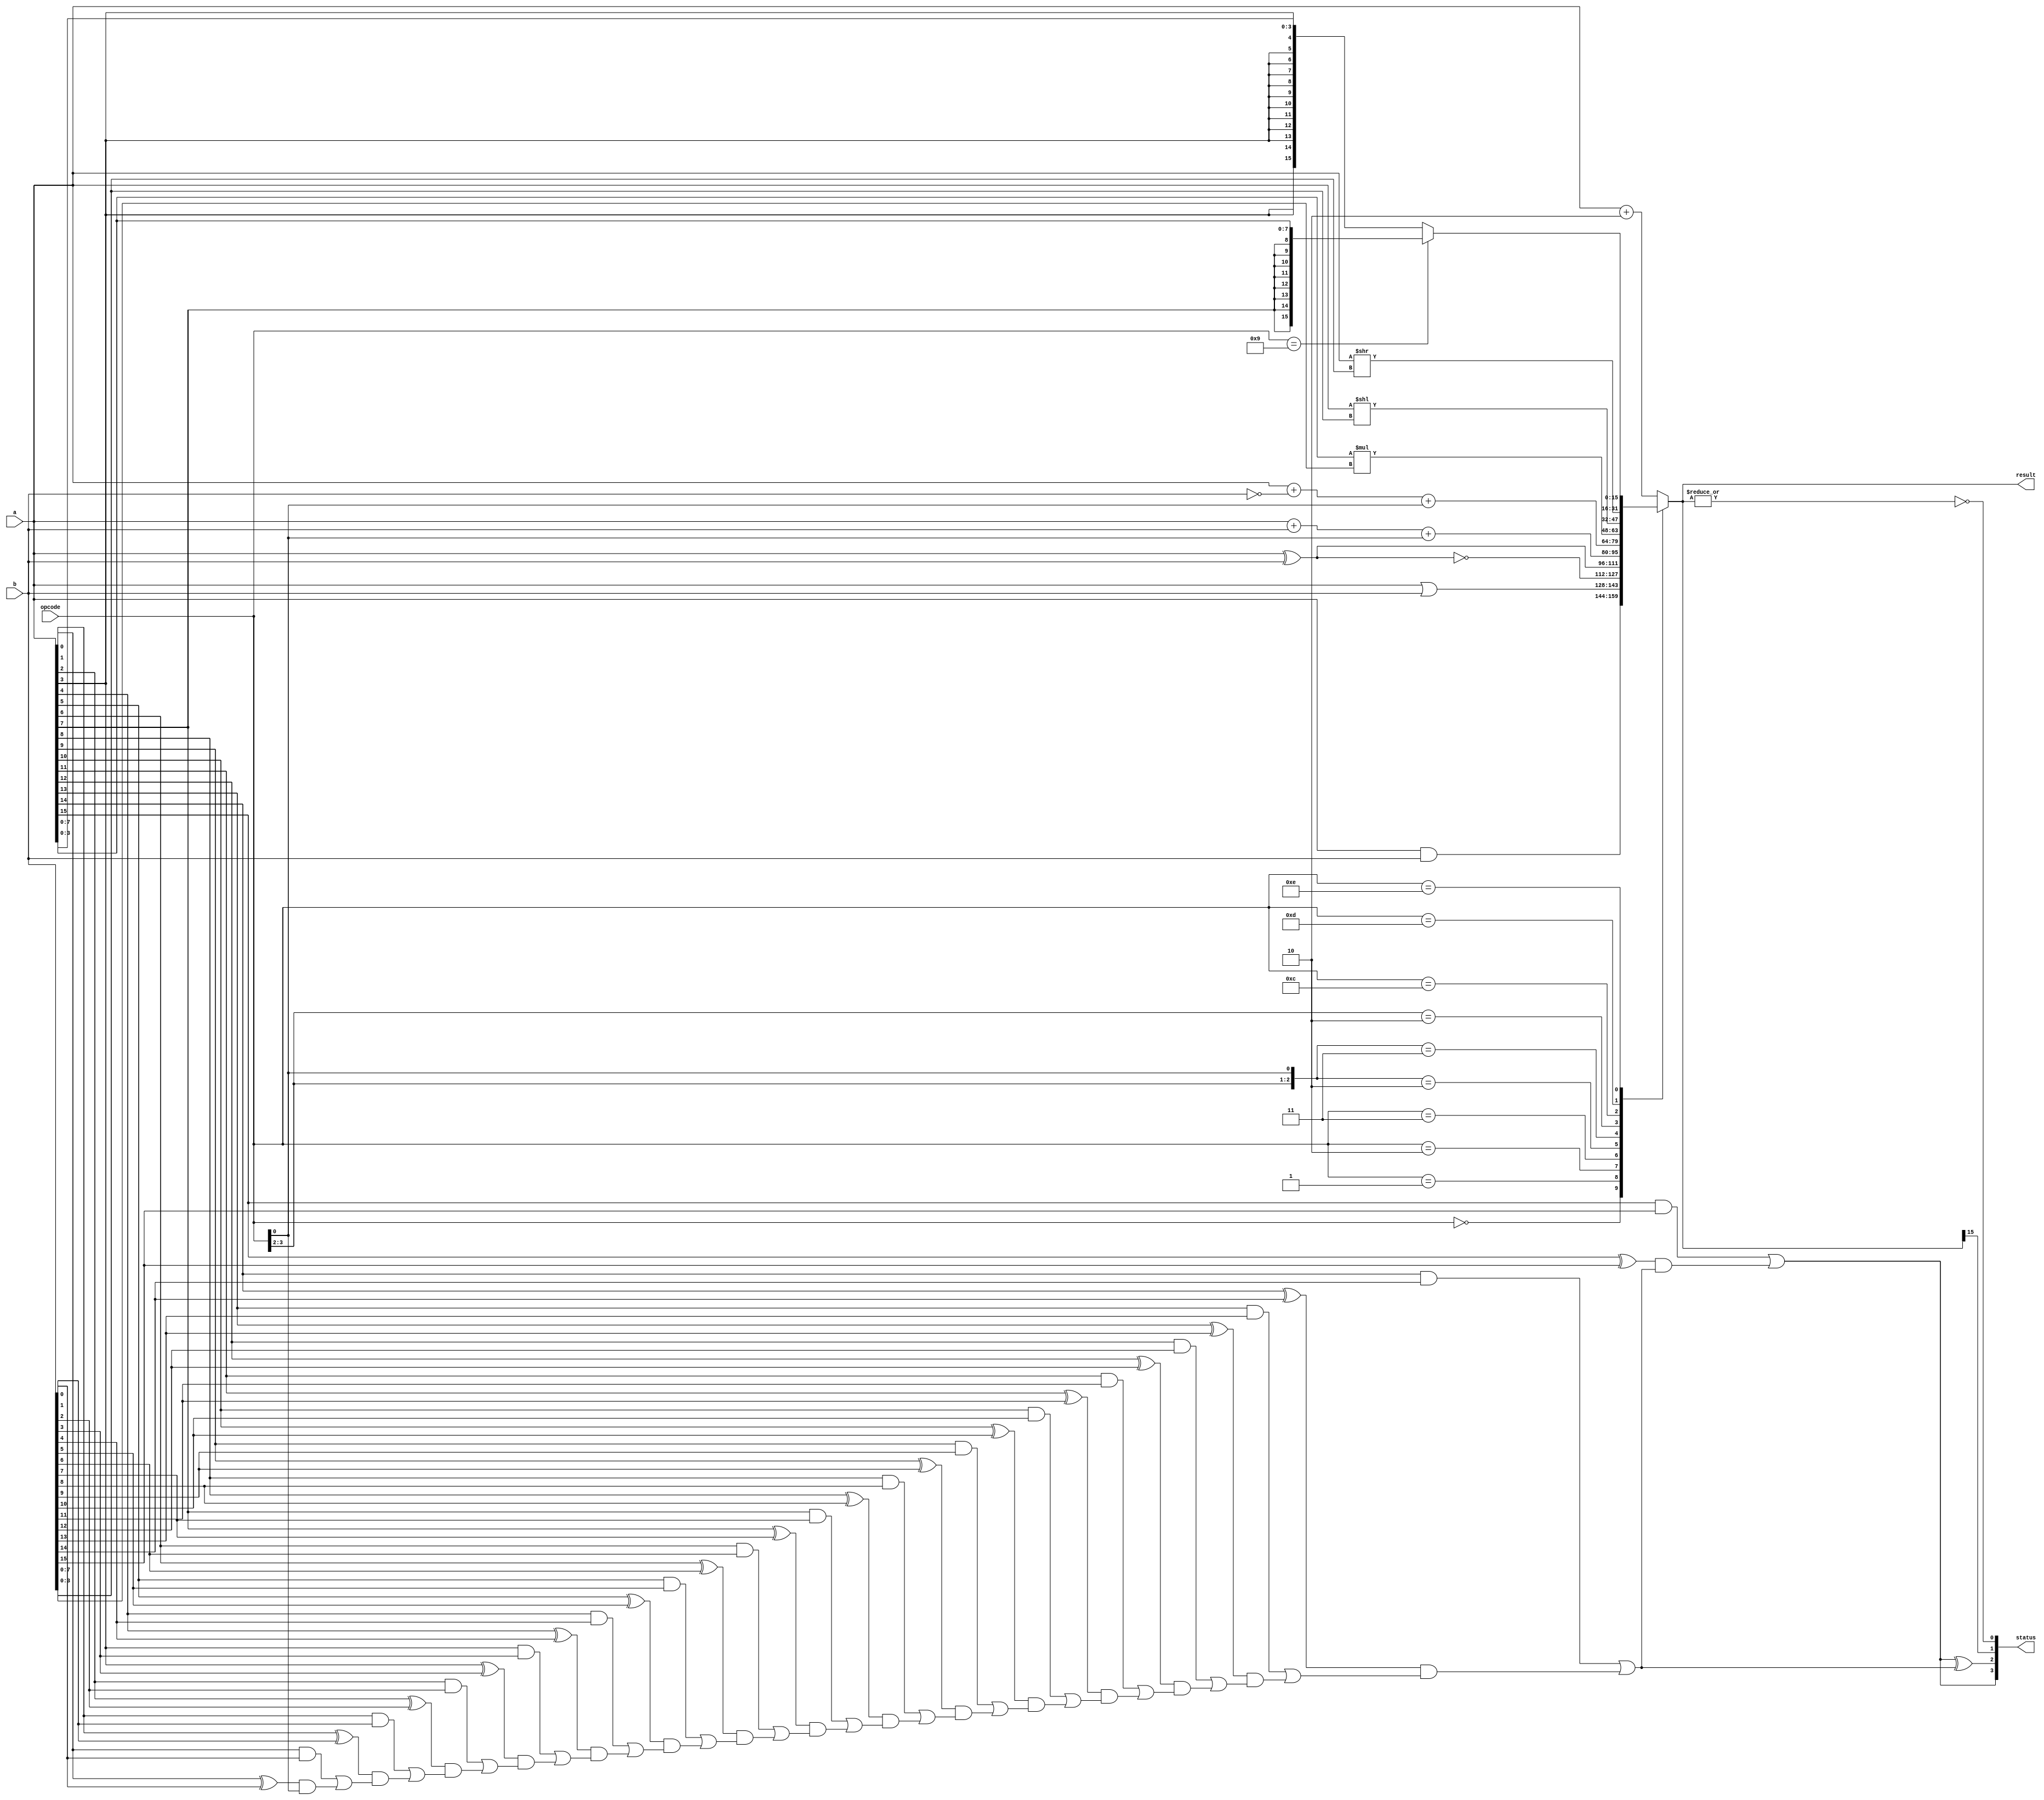
`ifndef SIMPLE_FU_V
`define SIMPLE_FU_V

module FunctionalUnit(
  a, //main operand to perform microoperations
  b, //supporting operand
  opcode, //operational code for microoperations
  result, //a result
  status //flags CVZN
);

  input wire[15:0] a, b;
  input wire[3:0] opcode;
  output reg[15:0] result;
  output reg[3:0] status;

  reg[16:0] carry; //Internal reg keeping all generated carries
  integer i;

  //Computes result
  always @(*) begin
    casex (opcode)
      4'b0000: result = a & b;
      4'b0001: result = a | b;
      4'b0010: result = ~(a ^ b);
      4'b0011: result = a ^ b;
      4'b01x0: result = a + b + opcode[0];
      4'b01x1: result = a + ~b + opcode[0];
      4'b10xx: result = a[7:0] * b[7:0];
      4'b1100: result = a << b[3:0];
      4'b1101: result = a >> b[3:0];
      4'b1110: result = (opcode == 9) ? {{8{a[7]}},a[7:0]} : {{12{a[3]}},a[3:0]};//sign extension
      default: result = a + 2;//incpc  
    endcase
  end

  //Computes flags
  //Note that this code is not sinthetizable
  //TODO: Compute carries hierarchically 
  always @(*) begin
    carry[0]  = opcode[0];
    status[0] = ~|result; //Z
    status[1] = result[15]; //N
    for (i = 0; i < 16 ; i = i + 1) begin
      carry[i+1] = a[i]&b[i] | (a[i]^b[i]) & carry[i];
    end
    status[2] = carry[16] ^ carry[15]; //V
    status[3] = carry[16]; //C
  end

endmodule // FunctionalUnit

`endif